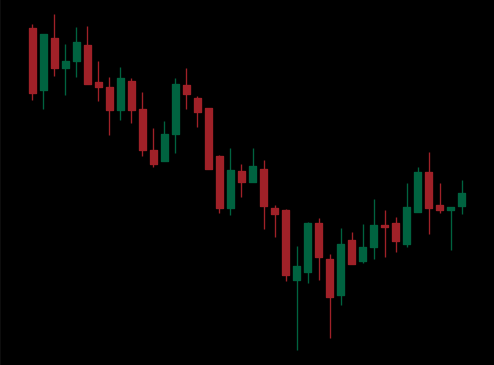
Pattern: bull_flag